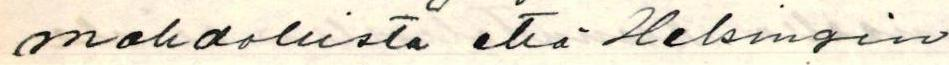
mahdollista että Helsingin